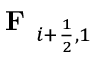
\textbf { F } _ { i + \frac { 1 } { 2 } , 1 }